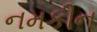
નમકીન